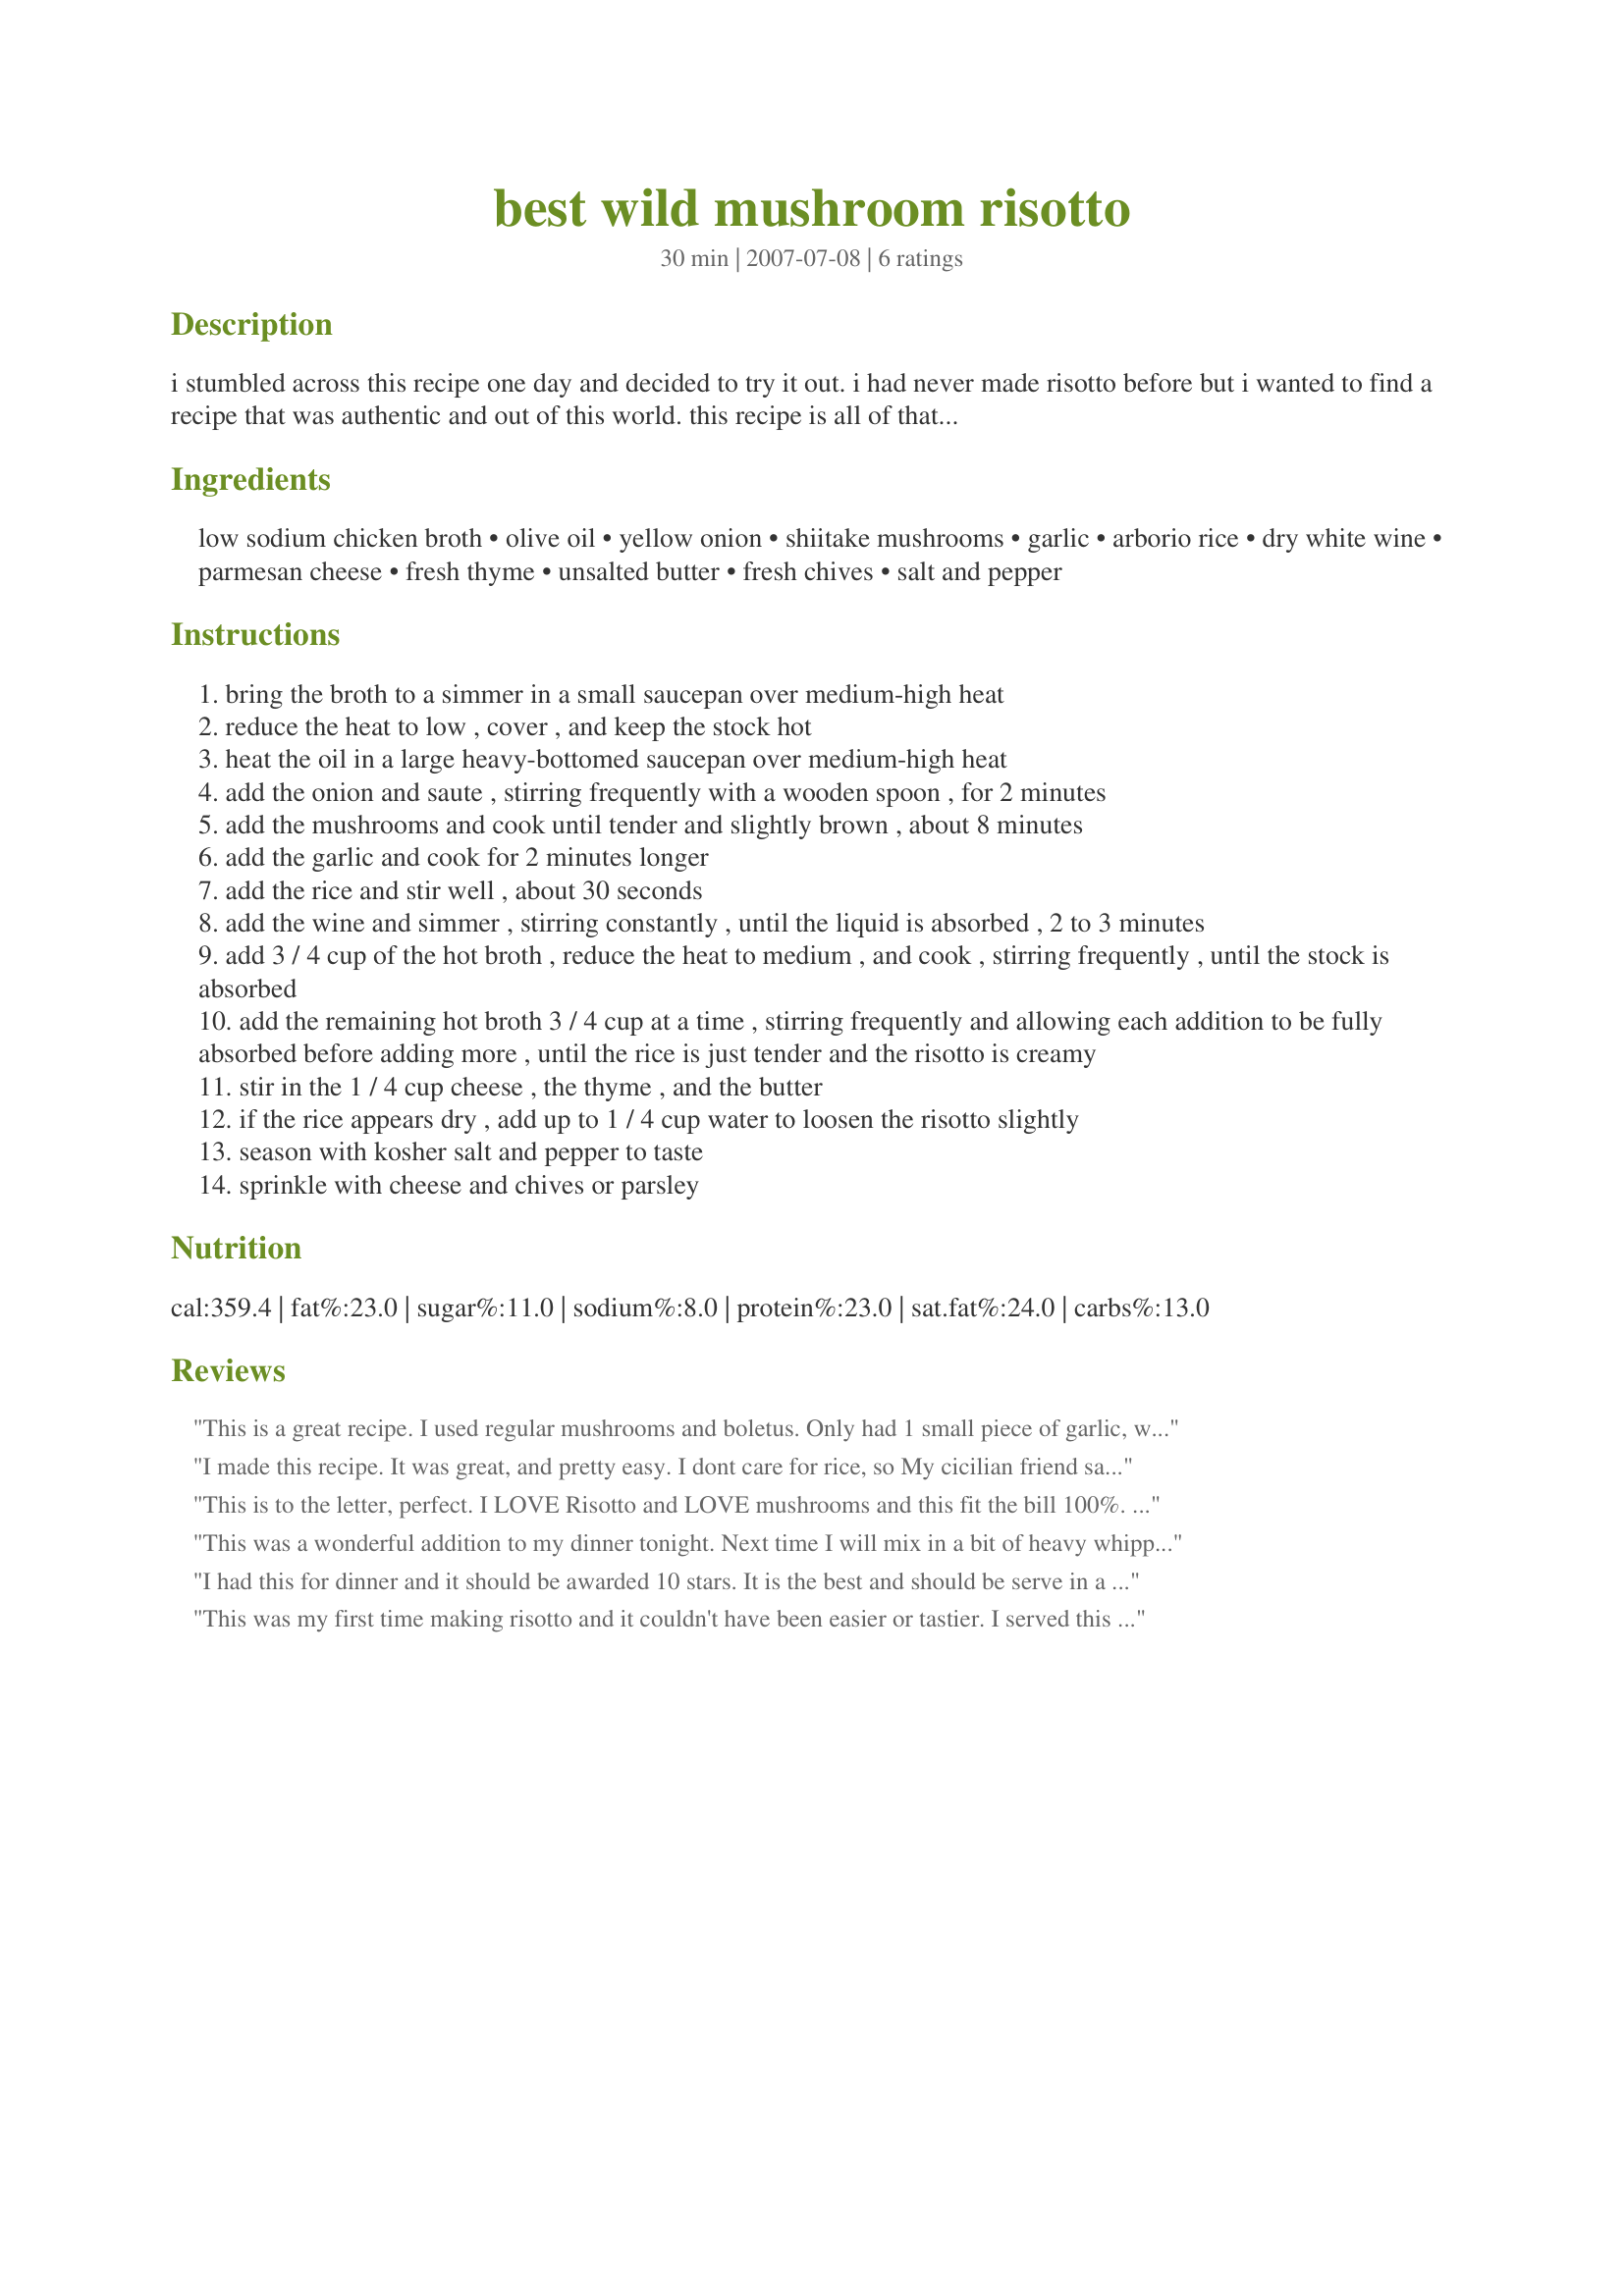
best wild mushroom risotto
Preparation time: 30 minutes

i stumbled across this recipe one day and decided to try it out. i had never made risotto before but i wanted to find a recipe that was authentic and out of this world. this recipe is all of that and more. the secret is to stir stir stir. it is going to be worth the time belive me. try to use fresh herbs if available. i got rave reviews at the dinner table from my dh and my three boys.

Ingredients:
low sodium chicken broth, olive oil, yellow onion, shiitake mushrooms, garlic, arborio rice, dry white wine, parmesan cheese, fresh thyme, unsalted butter, fresh chives, salt and pepper

Steps:
bring the broth to a simmer in a small saucepan over medium-high heat
reduce the heat to low , cover , and keep the stock hot
heat the oil in a large heavy-bottomed saucepan over medium-high heat
add the onion and saute , stirring frequently with a wooden spoon , for 2 minutes
add the mushrooms and cook until tender and slightly brown , about 8 minutes
add the garlic and cook for 2 minutes longer
add the rice and stir well , about 30 seconds
add the wine and simmer , stirring constantly , until the liquid is absorbed , 2 to 3 minutes
add 3 / 4 cup of the hot broth , reduce the heat to medium , and cook , stirring frequently , until the stock is absorbed
add the remaining hot broth 3 / 4 cup at a time , stirring frequently and allowing each addition to be fully absorbed before adding more , until the rice is just tender and the risotto is creamy
stir in the 1 / 4 cup cheese , the thyme , and the butter
if the rice appears dry , add up to 1 / 4 cup water to loosen the risotto slightly
season with kosher salt and pepper to taste
sprinkle with cheese and chives or parsley

Reviews:
This is a great recipe. I used regular mushrooms and boletus. Only had 1 small piece of garlic, wish I had more. The 2 of us managed to eat the whole thing. Yummy
I made this recipe. It was great, and pretty easy. I dont care for rice, so My cicilian friend said to use Orzo. I also added a little heavy whipping cream, and threw some shrimp in the last 7 mintues in cooking. it was great!!!!
This is to the letter, perfect. I LOVE Risotto and LOVE mushrooms and this fit the bill 100%. Thank you for sharing a spectacular dish that got rave reviews for me! Yea!

Lolly
This was a wonderful addition to my dinner tonight. Next time I will mix in a bit of heavy whipping cream as suggested by another reviewer and cook a tad bit longer than suggested; using 4 cups of broth instead. I used Oyster mushrooms, very good.
I had this for dinner and it should be awarded 10 stars. It is the best and should be serve in a fine restaurant. Delish!!
This was my first time making risotto and it couldn't have been easier or tastier. I served this with baked cod with tomato-olive tapÃ©nade and roasted asparagus. I made a few changes based on what I had - used about 6 oz baby bella mushrooms, only a tsp of parmesan, dried thyme, no butter or chives. I actually made the mushroom mixture last night and added it into the risotto just before the last addition of liquid. I'm at 4500ft and had to use extra liquid, maybe 4-4.5 cups. It took about 35 min (I expected longer). Thanks for posting this excellent recipe!
